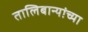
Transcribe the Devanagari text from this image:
तालिबान्यांच्या